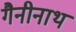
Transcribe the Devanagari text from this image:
गैनीनाथ